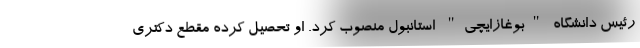
رئیس دانشگاه "بوغازایچی" استانبول منصوب کرد. او تحصیل کرده مقطع دکتری